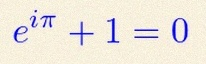
e^{i\pi}+1=0